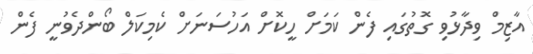
އާޒިމް ވިދާޅުވި ގޮތުގައި ފެން ކަމަށް ހީކޮށް އަހުސަނަށް ކެމިކަލް ބޯންދެވުނީ ފެން